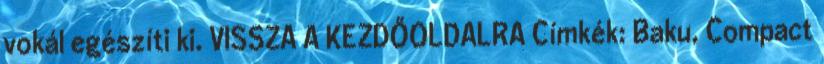
vokál egészíti ki. VISSZA A KEZDŐOLDALRA Címkék: Baku, Compact